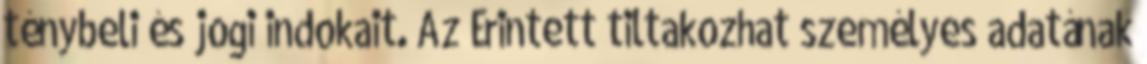
ténybeli és jogi indokait. Az Érintett tiltakozhat személyes adatának